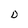
Character: D